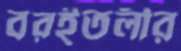
বরইতলীর